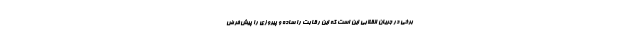
برخی در جریان انقلابی این است که این رقابت را ساده و پیروزی را پیش‌فرض